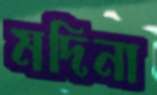
মদিনা